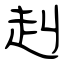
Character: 赳